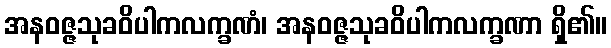
အနဝဇ္ဇသုခဝိပါကလက္ခဏံ၊ အနဝဇ္ဇသုခဝိပါကလက္ခဏာ ရှိ၏။